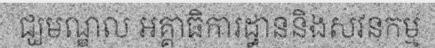
ជ្ឃមណ្ឌល អគ្គាធិការដ្ធាននិងសវនកម្ម